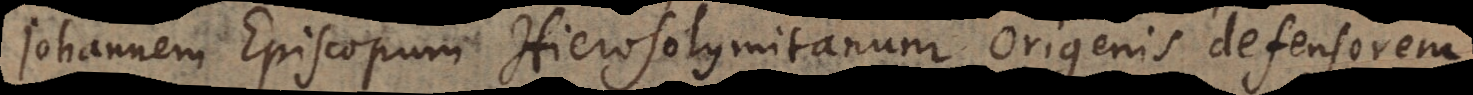
Johannem Episcopum Hierosolymitanum Origenis defensorem